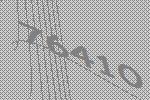
76410